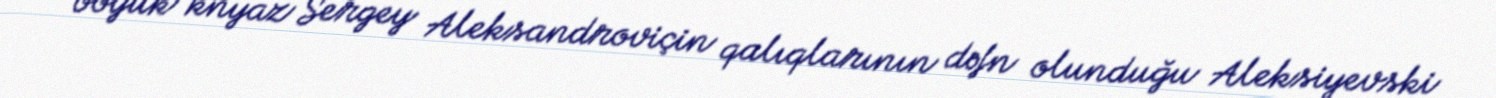
böyük knyaz Sergey Aleksandroviçin qalıqlarının dəfn olunduğu Aleksiyevski